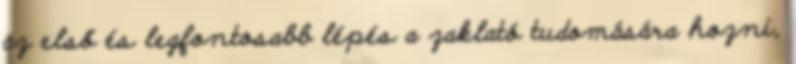
az első és legfontosabb lépés a zaklató tudomására hozni,